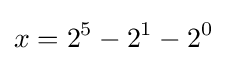
x=2^{5}-2^{1}-2^{0}